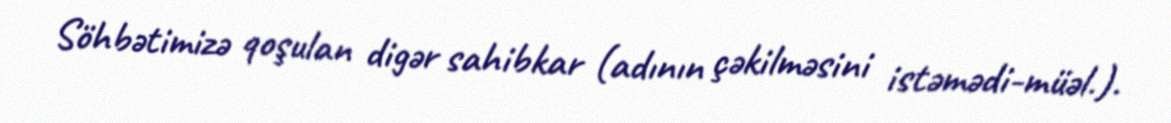
Söhbətimizə qoşulan digər sahibkar (adının çəkilməsini istəmədi-müəl.).